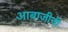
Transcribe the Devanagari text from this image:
आबाजीची